Indian journal of veterinary science and animal husbandry - Volumes 28-29, 1958-1959
Year: 1958
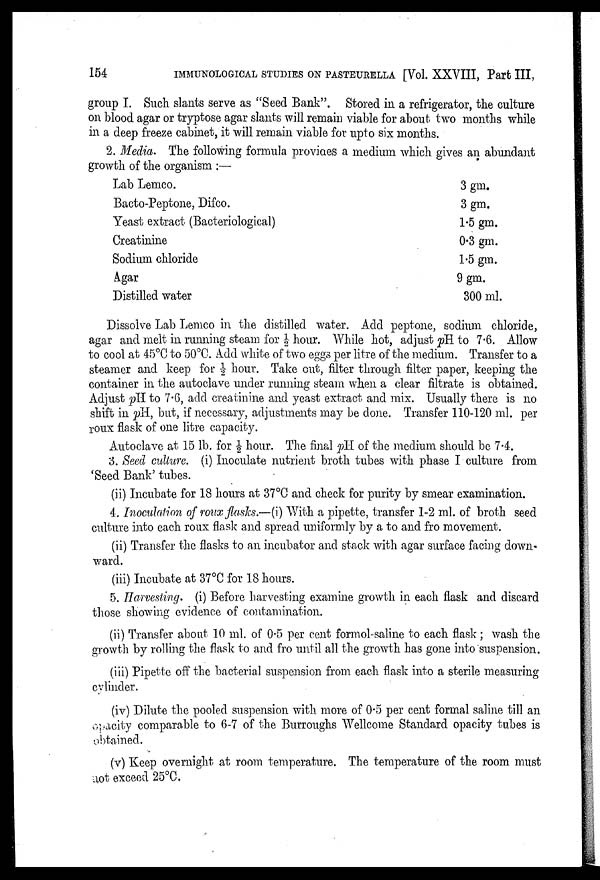
154
IMMUNOLOGICAL STUDIES ON PASTEURELLA [Vol. XXVIII, Part III,
group I. Such slants serve as "Seed Bank". Stored in a refrigerator, the culture
on blood agar or tryptose agar slants will remain viable for about two months while
in a deep freeze cabinet, it will remain viable for upto six months.
2. Media. The following formula provides a medium which gives an abundant
growth of the organism :—
Lab Lemco.
Bacto-Peptone, Difco.
Yeast extract (Bacteriological)
Creatinine
Sodium chloride
Agar
Distilled water
3 gm.
3 gm.
1.5 gm.
0.3 gm.
1.5 gm.
9 gm.
300 ml.
Dissolve Lab Lemco in the distilled water. Add peptone, sodium chloride,
agar and melt in running steam for ½ hour. While hot, adjust pH to 7.6. Allow
to cool at 45°C to 50°C. Add white of two eggs per litre of the medium. Transfer to a
steamer and keep for ½ hour. Take out, filter through filter paper, keeping the
container in the autoclave under running steam when a clear filtrate is obtained.
Adjust pH to 7.6, add creatinine and yeast extract and mix. Usually there is no
shift in pH, but, if necessary, adjustments may be done. Transfer 110-120 ml. per
roux flask of one litre capacity.
Autoclave at 15 lb. for ½ hour. The final pH of the medium should be 7.4.
3. Seed culture. (i) Inoculate nutrient broth tubes with phase I culture from
'Seed Bank' tubes.
(ii) Incubate for 18 hours at 37°C and check for purity by smear examination.
4. Inoculation of roux flasks.—(i) With a pipette, transfer 1-2 ml. of broth seed
culture into each roux flask and spread uniformly by a to and fro movement.
(ii) Transfer the flasks to an incubator and stack with agar surface facing down-
ward.
(iii) Incubate at 37°C for 18 hours.
5. Harvesting. (i) Before harvesting examine growth in each flask and discard
those showing evidence of contamination.
(ii) Transfer about 10 ml. of 0.5 per cent formol-saline to each flask; wash the
growth by rolling the flask to and fro until all the growth has gone into suspension.
(iii) Pipette off the bacterial suspension from each flask into a sterile measuring
cylinder.
(iv) Dilute the pooled suspension with more of 0.5 per cent formal saline till an
opacity comparable to 6-7 of the Burroughs Wellcome Standard opacity tubes is
obtained.
(v) Keep overnight at room temperature. The temperature of the room must
not exceed 25°C.